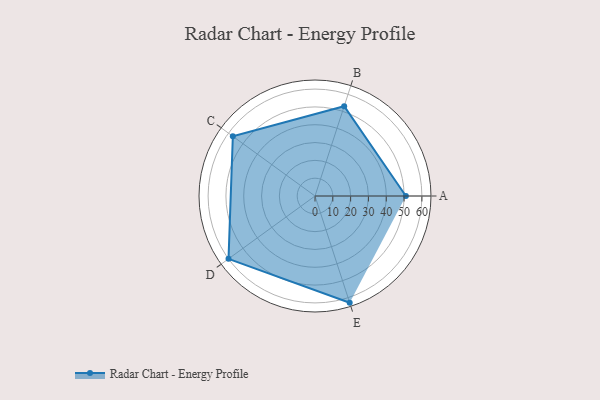
{"axis": {"x": "Skill", "y": "Score"}, "legend": ["Profile"], "data": [{"x": "A", "y": 51.0, "type": "Profile"}, {"x": "B", "y": 53.0, "type": "Profile"}, {"x": "C", "y": 57.0, "type": "Profile"}, {"x": "D", "y": 60.0, "type": "Profile"}, {"x": "E", "y": 63.0, "type": "Profile"}]}